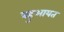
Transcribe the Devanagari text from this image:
बहुआयत